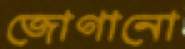
জোগানো